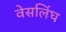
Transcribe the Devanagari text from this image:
वेसलिंघ